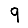
Digit: 9